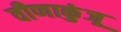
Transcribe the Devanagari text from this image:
वीणाकुंजू